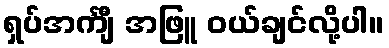
ရှပ်အင်္ကျီ အဖြူ ဝယ်ချင်လို့ပါ။